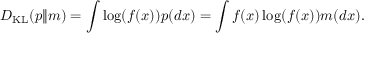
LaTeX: D _ { \mathrm { K L } } ( p \| m ) = \int \log ( f ( x ) ) p ( d x ) = \int f ( x ) \log ( f ( x ) ) m ( d x ) .